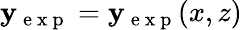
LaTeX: \mathbf{y}_{\mathrm{{~e~x~p~}}}=\mathbf{y}_{\mathrm{{~e~x~p~}}}(x,z)